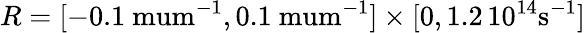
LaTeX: R=[-0.1\mathrm{\ mum}^{-1},0.1\mathrm{\ mum}^{-1}]\times[0,1.2\, 10^{14}\mathrm{s}^{-1}]